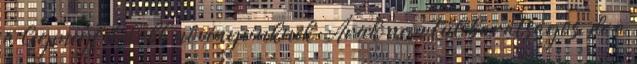
a legmegfelelőbb növényeinknek. Áruk nem túl barátságos, de a